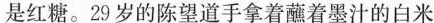
是红糖。29岁的陈望道手拿着蘸着墨汁的白米